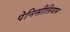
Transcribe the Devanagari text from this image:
पेनिसीलियम